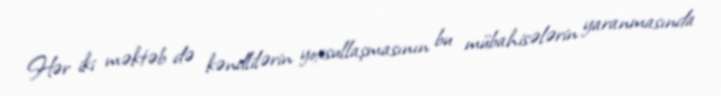
Hər iki məktəb də kəndlilərin yoxsullaşmasının bu mübahisələrin yaranmasında